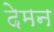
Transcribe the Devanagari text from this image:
देमन